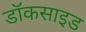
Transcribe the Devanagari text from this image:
डॉकसाइड